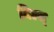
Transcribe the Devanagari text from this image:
मिल्स्